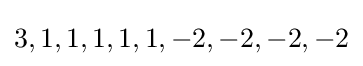
3,1,1,1,1,1,-2,-2,-2,-2